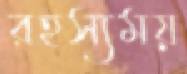
রহস্যময়